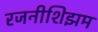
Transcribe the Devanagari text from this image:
रजनीशिझम